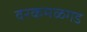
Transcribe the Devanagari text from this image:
वरकमळगड